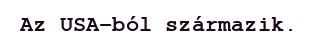
Az USA-ból származik.